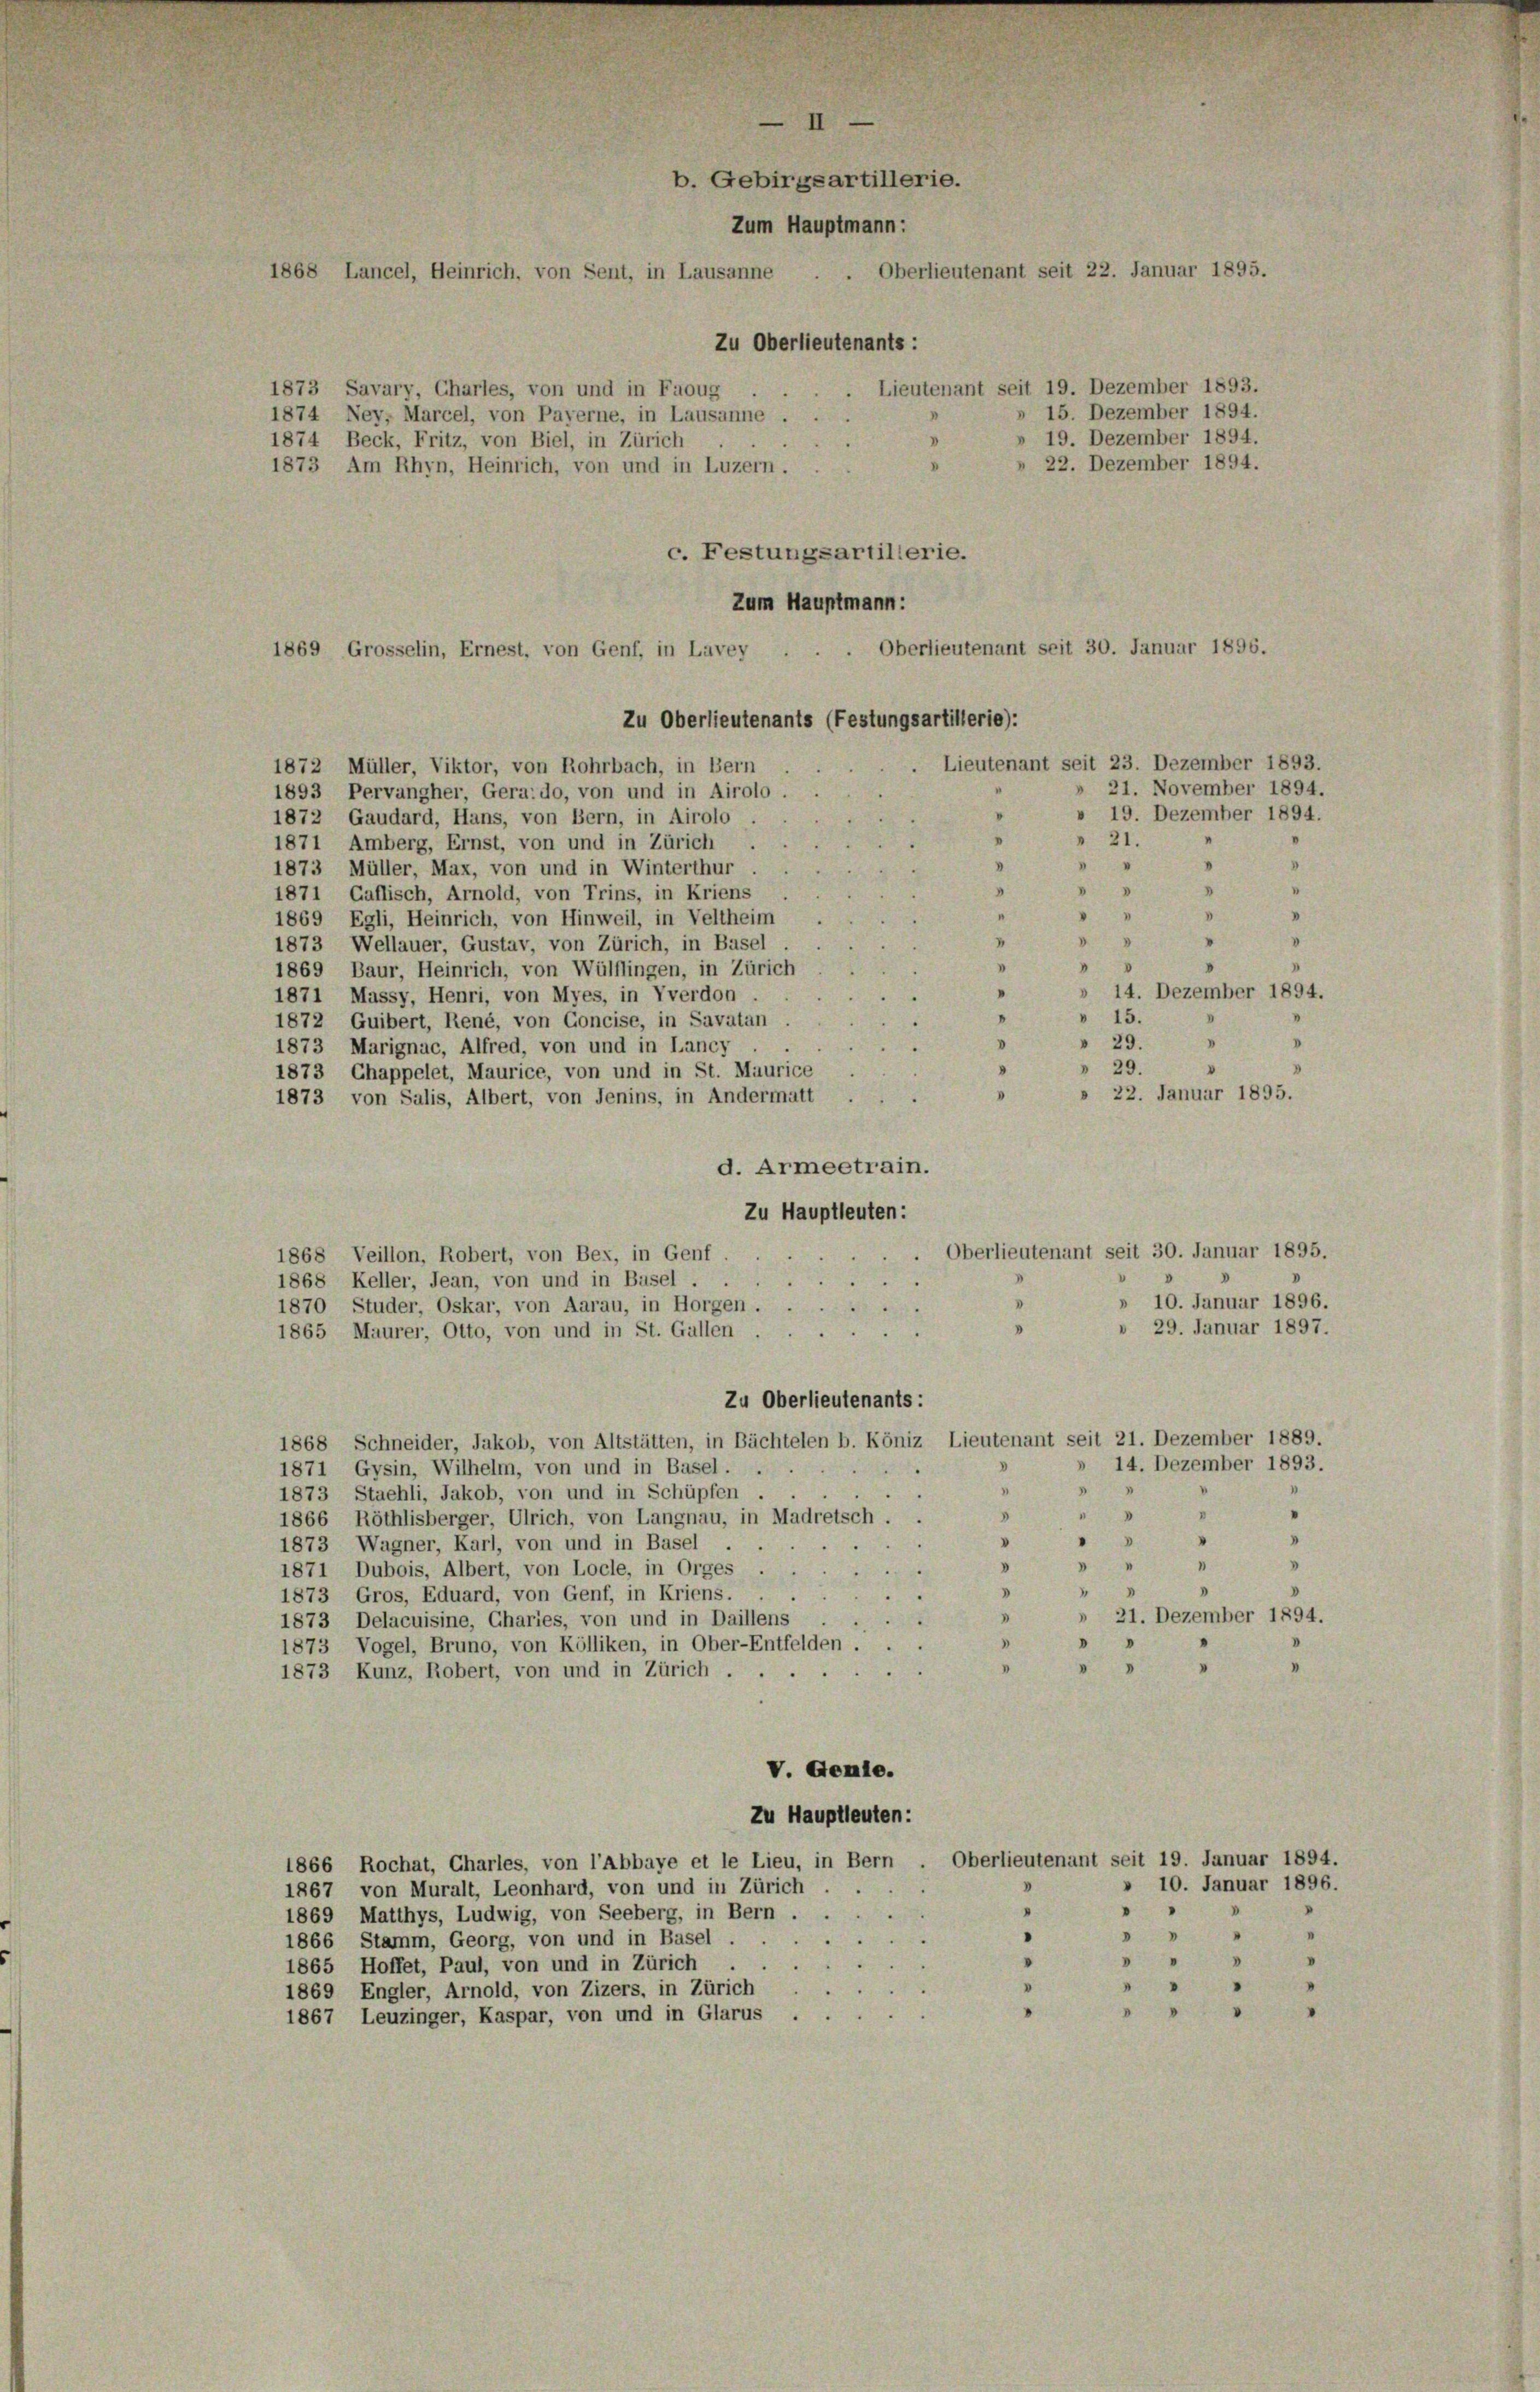
b. Gebirgsartillerie.
Zum Hauptmann:
Oberlieutenant seit 22. Januar 1895.
1868, Lancel, Heinrich, von Sent, in Lausanne
Zu Oberlieutenants:
Lieutenant seit 19. Dezember 1893.
1873 Savary, Charles, von und in Faoug
15. Dezember 1894.
1874 Ney, Marcel, von Payerne, in Lausanne . .
» 19. Dezember 1894.
V
1874 Beck, Fritz, von Biel, in Zürich

» 22. Dezember 1894.
1873 Am Rhyn, Heinrich, von und in Luzern.
c. Festungsartillerie.
Zum Hauptmann:
Oberlieutenant seit 30. Januar 1896.
1869, Grosselin, Ernest, von Genf, in Lavey
Zu Oberlieutenants (Festungsartillerie):
Lieutenant seit 23. Dezember 1893.
1872 Müller, Viktor, von Rohrbach, in Bern
» 21. November 1894.
1893 Pervangher, Gerado, von und in Airolo.
» 19. Dezember 1894.
1872 Gaudard, Hans, von Bern, in Airolo
 21.
1871 Amberg, Ernst, von und in Zürich .
"
1873 Müller, Max, von und in Winterthur.
2
"
.
1871 Gaflisch, Arnold, von Trins, in Kriens
D
s
"
"
1869 Egli, Heinrich, von Hinweil, in Veltheim
"
"
.
1873 Wellauer, Gustav, von Zürich, in Basel
"
"
1869 Baur, Heinrich, von Wülflingen, in Zürich
» 14. Dezember 1894.
1871 Massy, Henri, von Myes, in Vverdon .
15.
1872 Guibert, René, von Concise, in Savatan
 29. " "
1873 Marignac, Alfred, von und in Lancy . .
» 29.
1873 Chappelet, Maurice, von und in St. Maurice
» 22. Januar 1895.
.
1873 von Salis, Albert, von Jenins, in Andermatt
d. Armeetrain.
Zu Hauptleuten:
. Oberlieutenant seit 30. Januar 1895.
1868 Veillon, Robert, von Bex, in Genf ...
1868 Keller, Jean, von und in Basel.
» 10. Januar 1896.
d
1870 Studer, Oskar, von Aarau, in Horgen.
u
» 29. Januar 1897.
1865 Maurer, Otto, von und in St. Gallen
.
Zu Oberlieutenants:
1868 Schneider, Jakob, von Altstätten, in Bächtelen b. Köniz Lieutenant seit 21. Dezember 1889.
» 14. Dezember 1893.
1871 Gysin, Wilhelm, von und in Basel . .
.
8
1873 Staehli, Jakob, von und in Schüpfen ..
"
V
1866 Röthlisberger, Ulrich, von Langnau, in Madretsch . .
"

1873 Wagner, Karl, von und in Basel
.
1
V
"
1871 Dubois, Albert, von Locle, in Orges
.
"
1873 Gros, Eduard, von Genf, in Kriens.
.
» 21. Dezember 1894.
1873 Delacuisine, Charies, von und in Daillens
"
1873 Vogel, Bruno, von Kölliken, in Ober-Entfelden .
V
1
"
.
1873 Kunz, Robert, von und in Zürich,
V. Genie.
Zu Hauptleuten:
Oberlieutenant seit 19. Januar 1894.
1866 Rochat, Charles, von l’Abbaye et le Lieu, in Bern
» 10. Januar 1896.
1867 von Muralt, Leonhard, von und in Zürich.
"
.
1869 Matthys, Ludwig, von Seeberg, in Bern .
" " "
“
1866 Stamm, Georg, von und in Basel
 " "
1865 Hoffet, Paul, von und in Zürich .
"
1869 Engler, Arnold, von Zizers, in Zürich
"
 " "
8
1867 Leuzinger, Kaspar, von und in Glarus ...